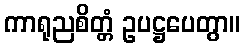
ကာရုညစိတ္တံ ဥပဋ္ဌပေတွာ။